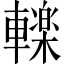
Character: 𮝩